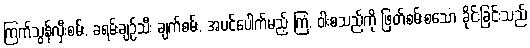
ကြက်သွန်လှီးစမ်း, ခရမ်းချဉ်သီး ချက်စမ်း, အပင်ပေါက်မည့် ကြံ, ဝါးစသည်ကို ဖြတ်စမ်းစသော ခိုင်းခြင်းသည်